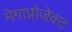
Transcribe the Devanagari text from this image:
मेगाप्रोजेक्ट